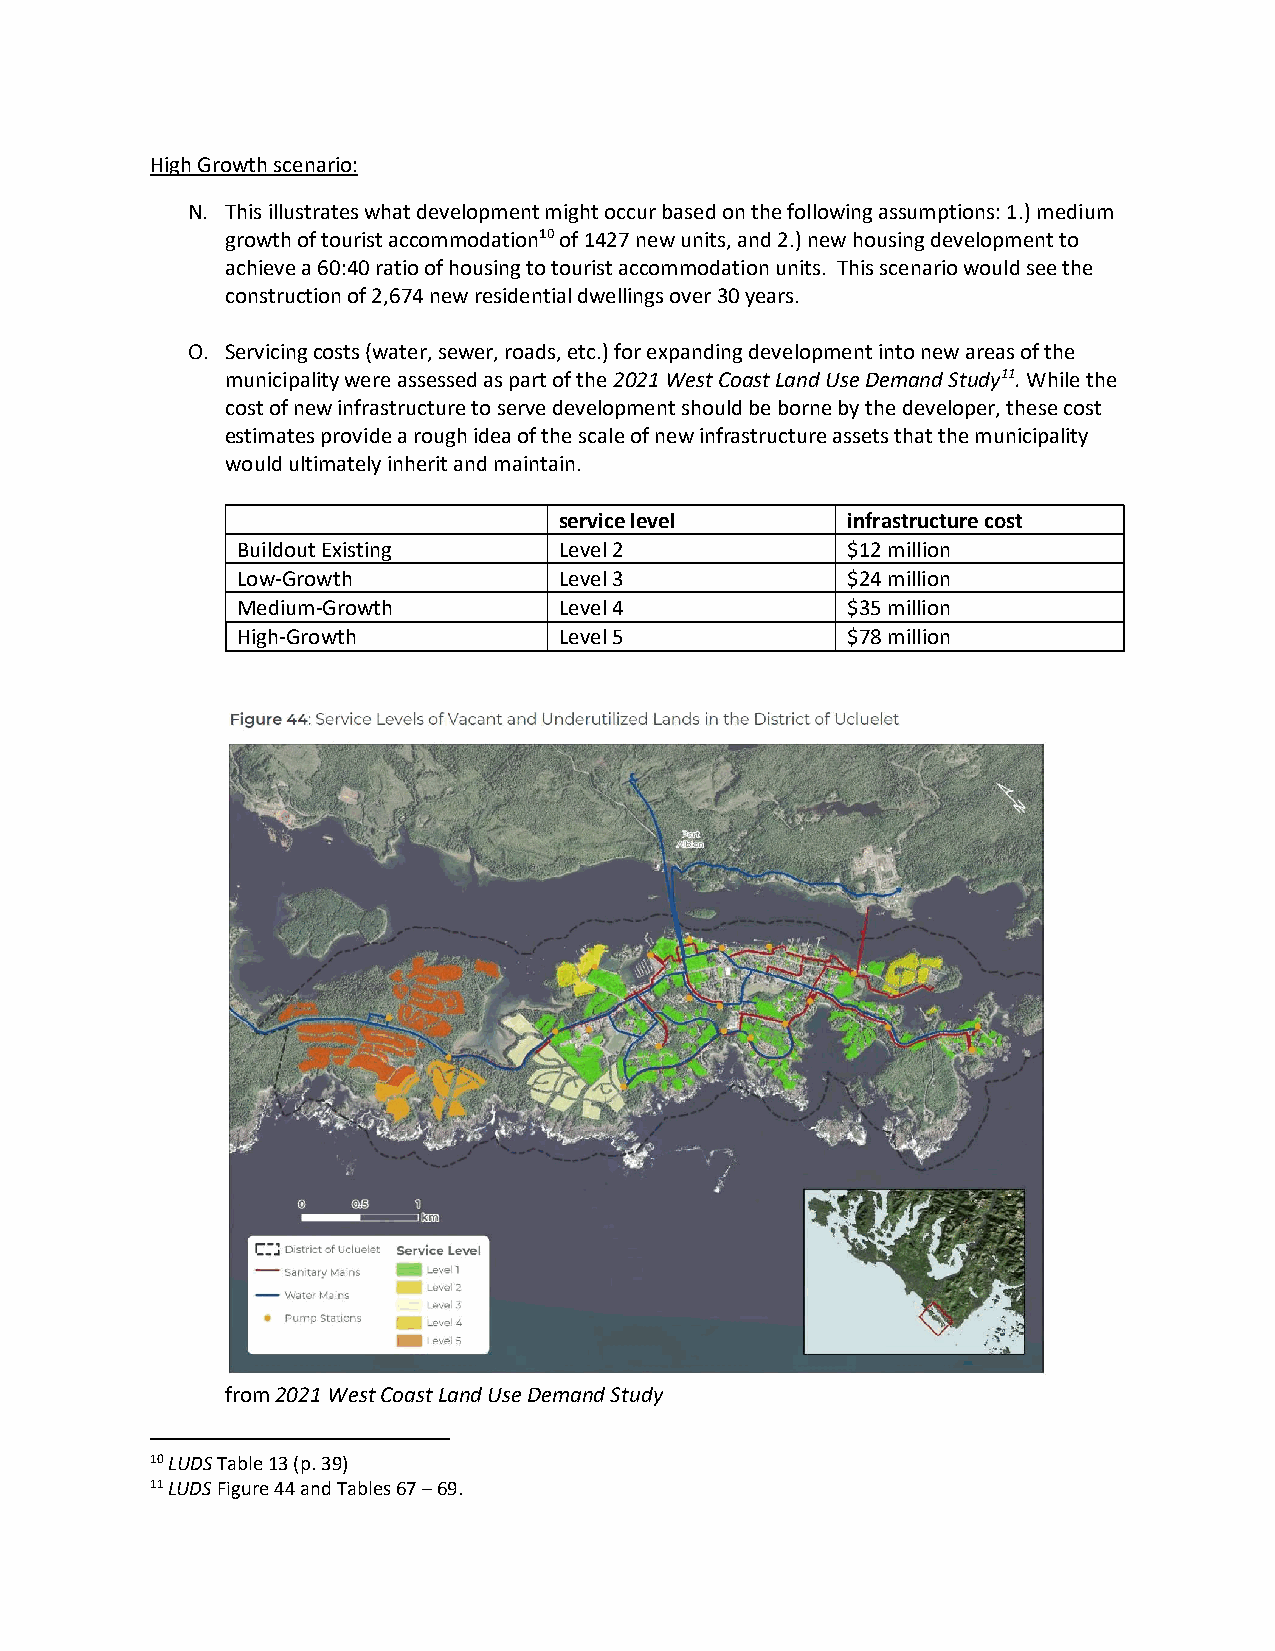
High Growth scenario:
 N. This illustrates what development might occur based on the following assumptions: 1.) medium
 growth of tourist accommodation10 of 1427 new units, and 2.) new housing development to
 achieve a 60:40 ratio of housing to tourist accommodation units. This scenario would see the
 construction of 2,674 new residential dwellings over 30 years.
 O. Servicing costs (water, sewer, roads, etc.) for expanding development into new areas of the
 municipality were assessed as part of the 2021 West Coast Land Use Demand Study11. While the
 cost of new infrastructure to serve development should be borne by the developer, these cost
 estimates provide a rough idea of the scale of new infrastructure assets that the municipality
 would ultimately inherit and maintain.
 service level      infrastructure cost
 Buildout Existing    Level 2            $12 million
 Low-Growth           Level 3            $24 million
 Medium-Growth        Level 4            $35 million
 High-Growth          Level 5            $78 million
 from 2021 West Coast Land Use Demand Study
 10 LUDS Table 13 (p. 39)
 11 LUDS Figure 44 and Tables 67 – 69.